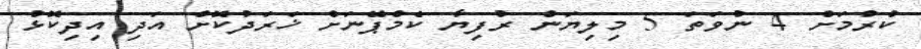
ކުރުމަށް 4 ނުވަތަ 5 މިލިޔަން ރުފިޔާ ކެމްޕޭނަށް ޚަރަދުކޮށް އަދި އިދިކޮޅު